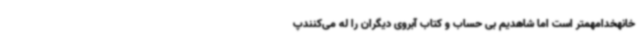
خانهخدامهمتر است اما شاهدیم بی حساب و کتاب آبروی دیگران را له می‌کنندپ